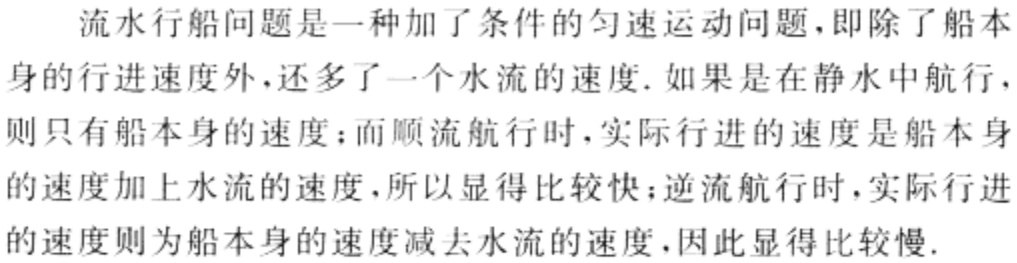
流水行船问题是一种加了条件的匀速运动问题，即除了船本身的行进速度外，还多了一个水流的速度. 如果是在静水中航行，则只有船本身的速度；而顺流航行时，实际行进的速度是船本身的速度加上水流的速度，所以显得比较快；逆流航行时，实际行进的速度则为船本身的速度减去水流的速度，因此显得比较慢.